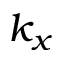
k _ { x }